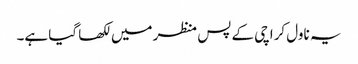
یہ ناول کراچی کے پس منظر میں لکھا گیا ہے۔